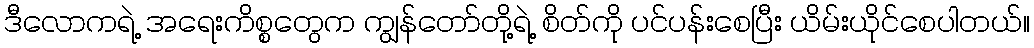
ဒီလောကရဲ့ အရေးကိစ္စတွေက ကျွန်တော်တို့ရဲ့ စိတ်ကို ပင်ပန်းစေပြီး ယိမ်းယိုင်စေပါတယ်။